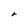
Character: r